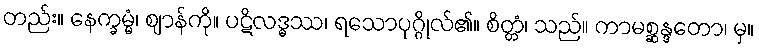
တည်း။ နေက္ခမ္မံ၊ ဈာန်ကို။ ပဋိလဒ္ဓဿ၊ ရသောပုဂ္ဂိုလ်၏။ စိတ္တံ၊ သည်။ ကာမစ္ဆန္ဒတော၊ မှ။